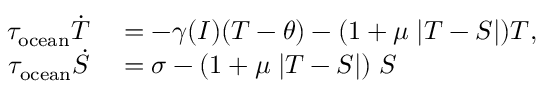
\begin{array} { r l } { \tau _ { \mathrm { o c e a n } } \dot { T } } & { { } = - \gamma ( I ) ( T - \theta ) - ( 1 + \mu \; | T - S | ) T , } \\ { \tau _ { \mathrm { o c e a n } } \dot { S } } & { { } = \sigma - ( 1 + \mu \; | T - S | ) \; S } \end{array}